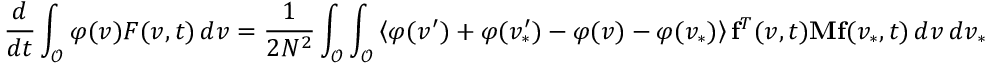
\frac { d } { d t } \int _ { \mathcal { O } } \varphi ( v ) F ( v , t ) \, d v = \frac { 1 } { 2 N ^ { 2 } } \int _ { \mathcal { O } } \int _ { \mathcal { O } } \left\langle \varphi ( v ^ { \prime } ) + \varphi ( v _ { \ast } ^ { \prime } ) - \varphi ( v ) - \varphi ( v _ { \ast } ) \right\rangle \mathbf { f } ^ { T } ( v , t ) \mathbf { M } \mathbf { f } ( v _ { \ast } , t ) \, d v \, d v _ { \ast }